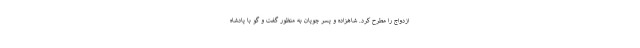
ازدواج را مطرح کرد. شاهزاده و پسر چوپان به منظور گفت و گو با پادشاه